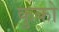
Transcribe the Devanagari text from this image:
कुको